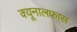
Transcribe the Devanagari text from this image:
क्यूनालफास